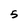
Character: 5